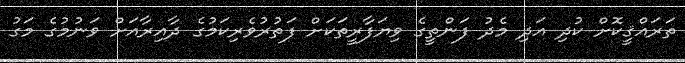
ތަރައްޤީކޮށް ކުދި އަދި މެދު ފަންތީގެ ވިޔަފާރީތަކަށް ފަތުރުވެރިކަމުގެ ދާއިރާއަށް ވަނުމުގެ މަގު